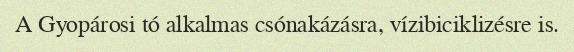
A Gyopárosi tó alkalmas csónakázásra, vízibiciklizésre is.